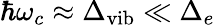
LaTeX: \hbar\omega_{c}\approx\Delta_{\mathrm{vib}}\ll\Delta_{e}